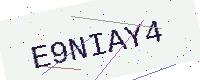
Text: E9NIAY4